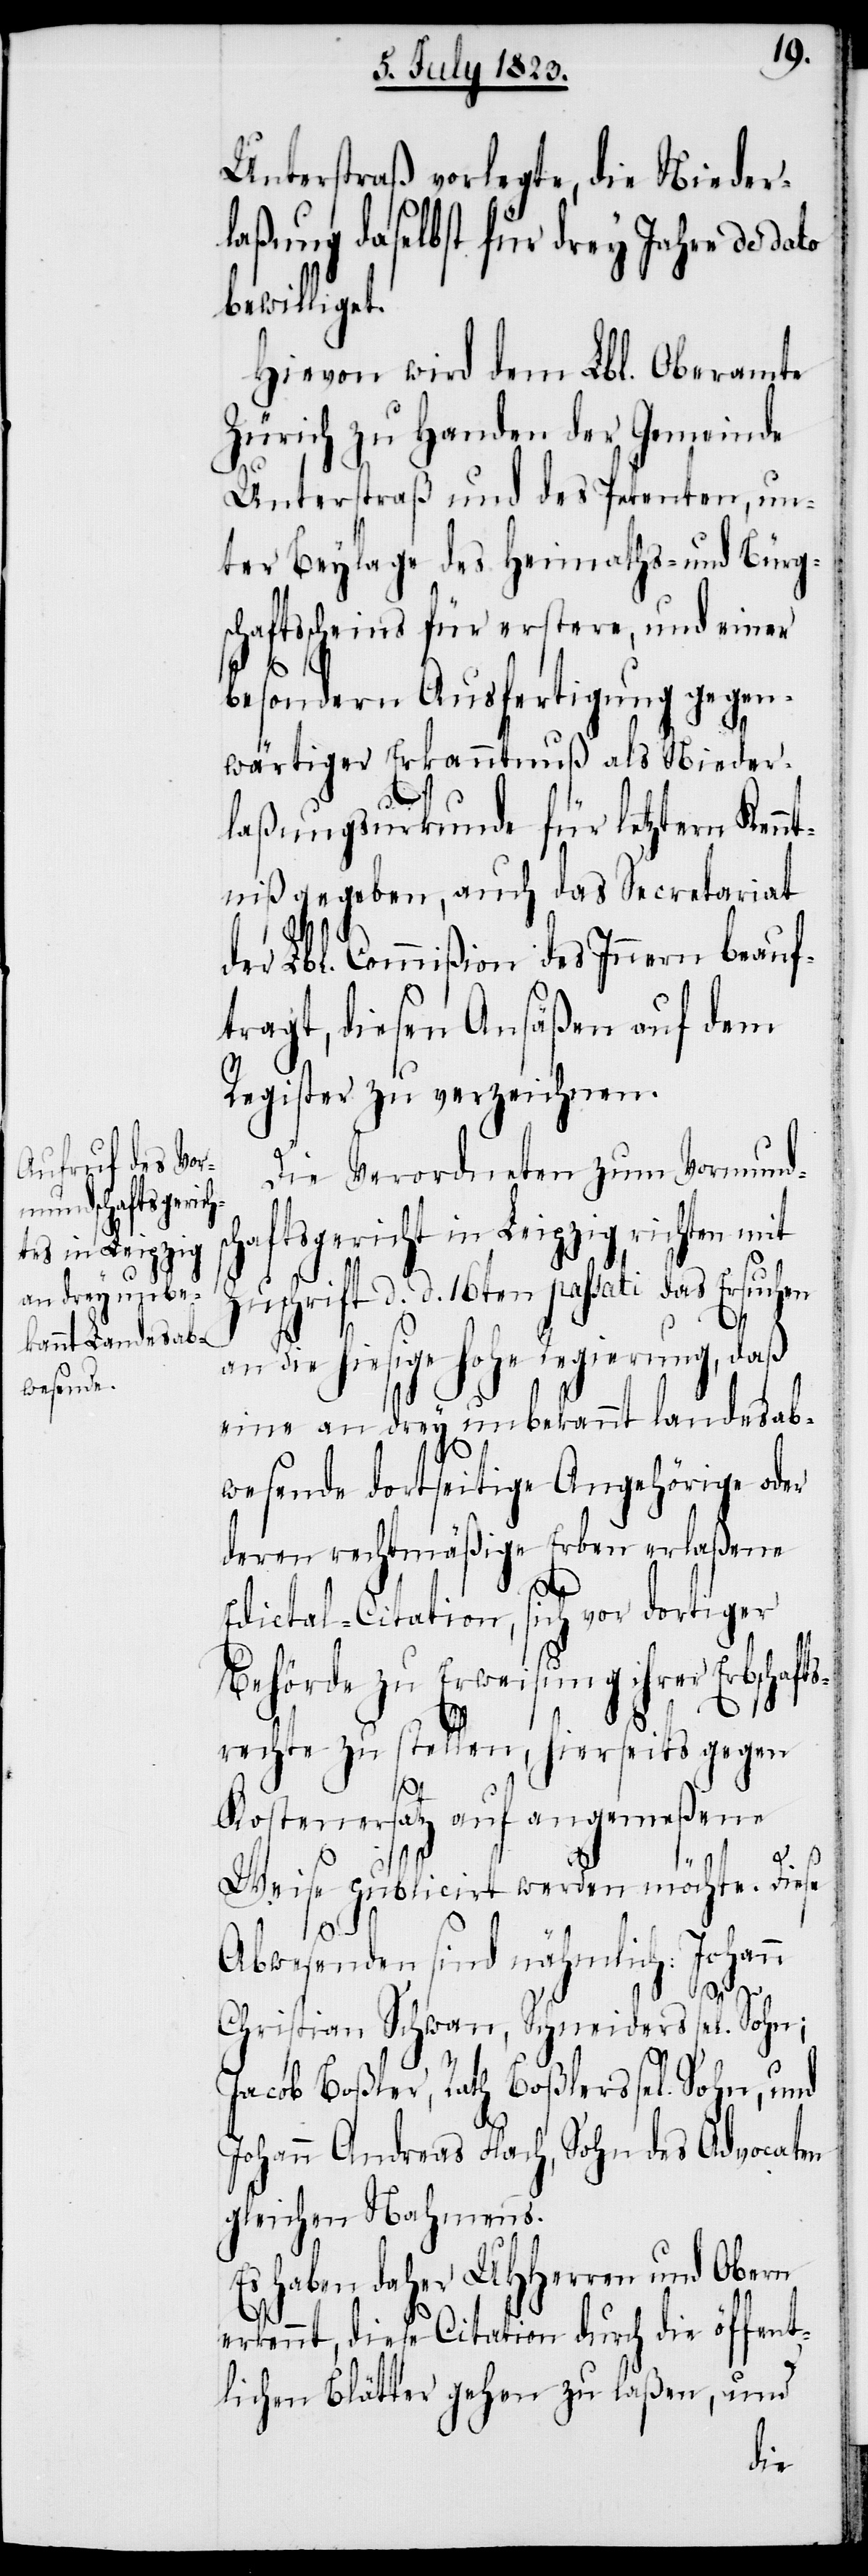
Unterstraß vorlegte, die Niederl¬
aßung daselbst für drey Jahre de
bewilliget.
Hievon wird dem Lbl. Oberamte
Zürich zu Handen der Gemeinde
Unterstraß und des Petenten, un¬
ter Beylage des Heimaths- und Bürg¬
schaftsscheins für erstere, und einer
besondern Ausfertigung gegen¬
wärtiger Erkanntnuß als Nieder¬
laßungsurkunde für letztern Kenn¬
tniß gegeben, auch das Secretariat
der Lbl. Commißion des Innern beauf¬
tragt, diesen Ansäßen auf dem
Register zu verzeichnen.
Die Verordneten zum Vormund¬
aftsgericht in Leipzig richten mit
Zuschrift d. d. 16ten passati das Ersuchen
sch¬
an die hiesige hohe Regierung, daß
eine an drey unbekannt landesab¬
wesende dortseitige Angehörige oder
deren rechtmäßige Erben erlaßene
Edictal-Citation, sich vor dortiger
Behörde zu Erweisung ihrer Erbschaft¬
srechte zu stellen, hierseits gegen
Kostenersatz auf angemeßene
Weise publicirt werden möchte. Diese
Abwesenden sind nähmlich: Johann
Christian Schwan, Schneiders sel. Sohn;
Jacob Boßler, Rath Boßlers sel. Sohn, und
Johann Andreas Flach, Sohn des Advocaten
gleichen Nahmens.
Es haben daher UHHerren und Obern
erkennt, diese Citation durch die öffent¬
und
lichen Blätter gehen zu laßen,